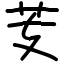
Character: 芰